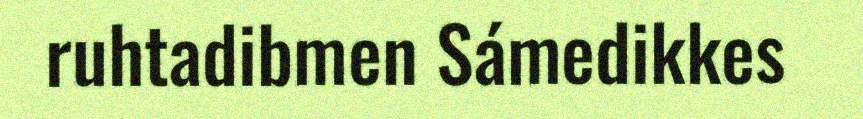
ruhtadibmen Sámedikkes